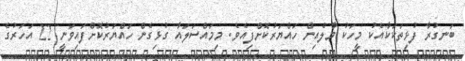
ބަނގުރާ ފުޅިތަކަކާއެކު މީހަކު މާލެއިން ހައްޔަރުކޮށްފިއެވެ. މިމައްސަލައާ ގުޅިގެން ހައްޔަރުކޮށްފައިވަނީ 22 އަހަރުގެ